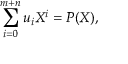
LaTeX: \sum _ { i = 0 } ^ { m + n } u _ { i } X ^ { i } = P ( X ) ,